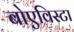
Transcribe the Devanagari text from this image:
बोएविस्टा